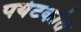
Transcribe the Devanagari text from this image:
पर्यटकांत